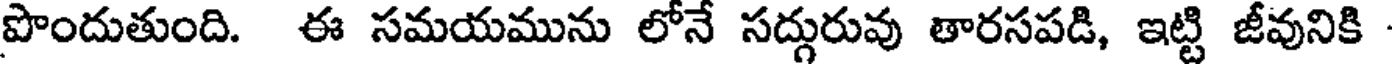
పొందుతుంది. ఈ సమయమును లోనే సద్గురువు తారసపడి, ఇట్టి జీవునికి